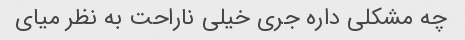
چه مشکلی داره جری خیلی ناراحت به نظر میای